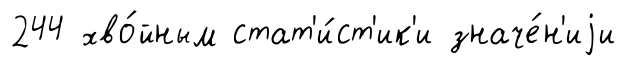
244 хво́йным стат'и́ст'ик'и значе́н'иjи